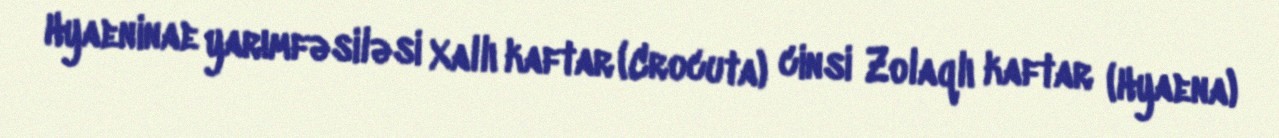
Hyaeninae yarımfəsiləsi Xallı kaftar (Crocuta) cinsi Zolaqlı kaftar (Hyaena)